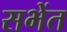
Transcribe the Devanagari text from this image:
सभेंत